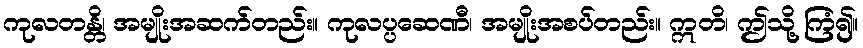
ကုလတန္တိ၊ အမျိုးအဆက်တည်း။ ကုလပ္ပဆေဏီ၊ အမျိုးအစပ်တည်း။ ဣတိ၊ ဤသို့ ကြံ၍။